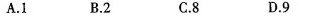
A.1 B.2 C.8 D.S